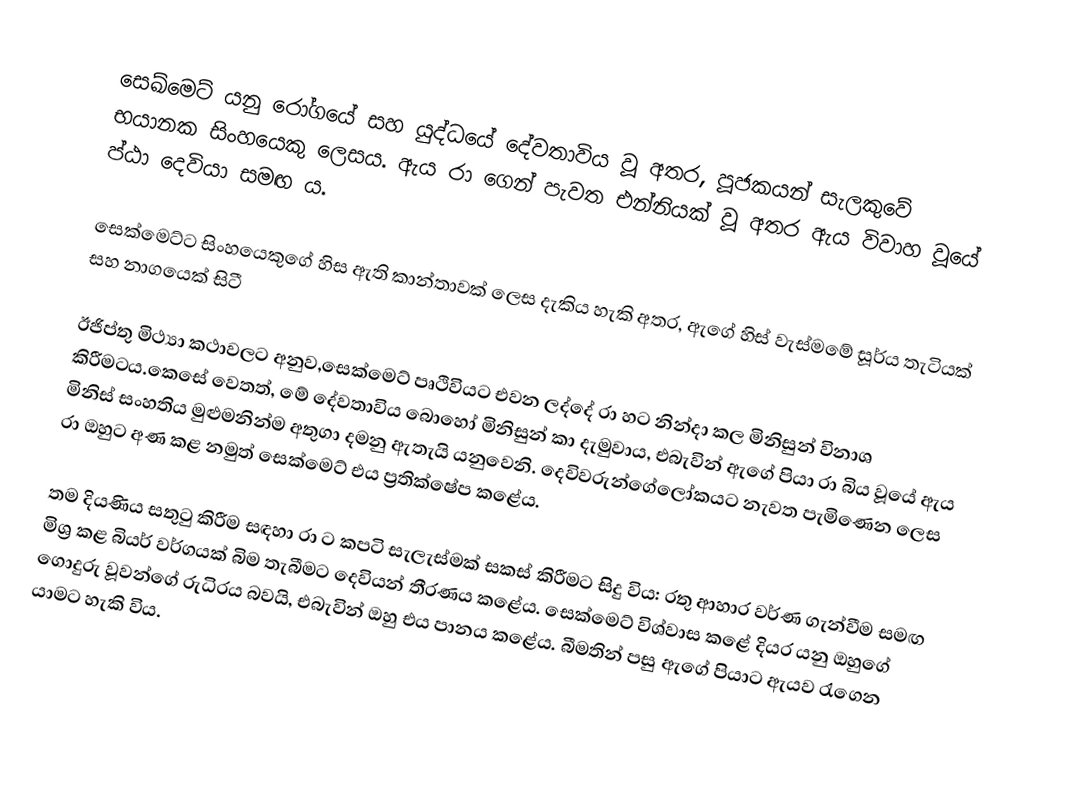
සෙඛ්මෙට් යනු රෝගයේ සහ යුද්ධයේ දේවතාවිය වූ අතර, පූජකයන් සැලකුවේ භයානක සිංහයෙකු ලෙසය. ඇය රා ගෙන් පැවත එන්නියක් වූ අතර ඇය විවාහ වූයේ ප්ඨා දෙවියා සමඟ ය.

සෙක්මෙට්ට සිංහයෙකුගේ හිස ඇති කාන්තාවක් ලෙස දැකිය හැකි අතර, ඇගේ හිස් වැස්මමේ සූර්ය තැටියක් සහ නාගයෙක් සිටී

ඊජිප්තු මිථ්‍යා කථාවලට අනුව,සෙක්මෙට් පෘථිවියට එවන ලද්දේ රා හට නින්දා කල මිනිසුන් විනාශ කිරීමටය.කෙසේ වෙතත්, මේ දේවතාවිය බොහෝ මිනිසුන් කා දැමුවාය, එබැවින් ඇගේ පියා රා බිය වූයේ ඇය මිනිස් සංහතිය මුළුමනින්ම අතුගා දමනු ඇතැයි යනුවෙනි. දෙවිවරුන්ගේලෝකයට නැවත පැමිණෙන ලෙස රා ඔහුට අණ කළ නමුත් සෙක්මෙට් එය ප්‍රතික්ෂේප කළේය.

තම දියණිය සතුටු කිරීම සඳහා රා ට කපටි සැලැස්මක් සකස් කිරීමට සිදු විය: රතු ආහාර වර්ණ ගැන්වීම සමඟ මිශ්‍ර කළ බියර් වර්ගයක් බිම තැබීමට දෙවියන් තීරණය කළේය. සෙක්මෙට් විශ්වාස කළේ දියර යනු ඔහුගේ ගොදුරු වූවන්ගේ රුධිරය බවයි, එබැවින් ඔහු එය පානය කළේය. බීමතින් පසු ඇගේ පියාට ඇයව රැගෙන යාමට හැකි විය.